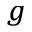
_ g